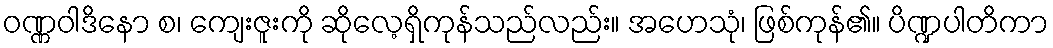
ဝဏ္ဏဝါဒိနော စ၊ ကျေးဇူးကို ဆိုလေ့ရှိကုန်သည်လည်း။ အဟေသုံ၊ ဖြစ်ကုန်၏။ ပိဏ္ဍပါတိကာ